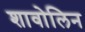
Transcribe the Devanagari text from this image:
शावोलिन